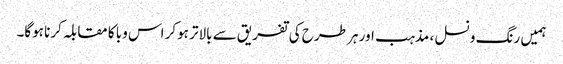
ہمیں رنگ و نسل ، مذہب اور ہر طرح کی تفریق سے بالاتر ہوکر اس وبا کا مقابلہ کرنا ہوگا۔